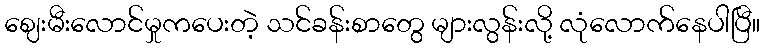
ဈေးမီးလောင်မှုကပေးတဲ့ သင်ခန်းစာတွေ များလွန်းလို့ လုံလောက်နေပါပြီ။